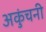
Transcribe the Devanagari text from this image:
अकुंचनी